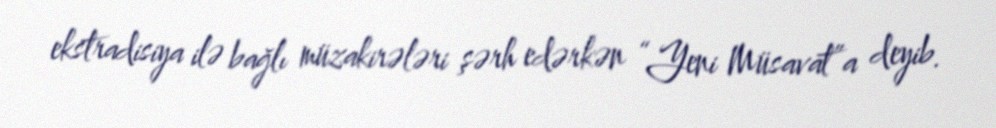
ekstradisiya ilə bağlı müzakirələri şərh edərkən “Yeni Müsavat”a deyib.